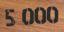
5 000